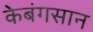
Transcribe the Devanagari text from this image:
केबंगसान